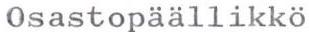
Osastopäällikkö